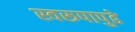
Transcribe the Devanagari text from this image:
स्वरूपापुढे